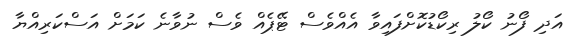
އަދި ފޯނު ކޯލު ރިކޯޑުކޮށްފައިވާ އެއްވެސް ޓޭޕެއް ވެސް ނުވާނެ ކަމަށް އަސްކަރިއްޔާ